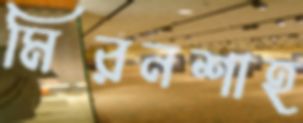
মিরনশাহ